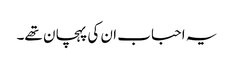
یہ احباب ان کی پہچان تھے۔